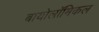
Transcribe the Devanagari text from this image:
बायोलॉमिकल